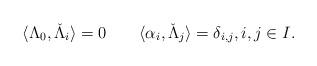
LaTeX: \begin{align*}\langle \Lambda_0, \check\Lambda_i \rangle = 0\qquad\langle \alpha_i, \check\Lambda_j \rangle = \delta_{i,j},i,j\in I.\end{align*}